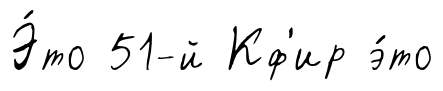
Э́то 51-й Кф'ир э́то